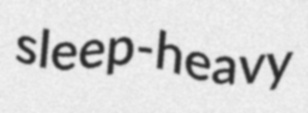
sleep-heavy